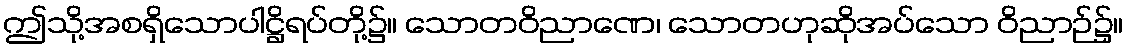
ဤသို့အစရှိသောပါဋ္ဌိရပ်တို့၌။ သောတဝိညာဏေ၊ သောတဟုဆိုအပ်သော ဝိညာဉ်၌။